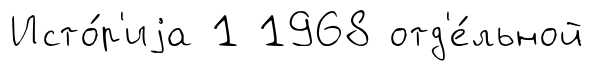
Исто́р'иjа 1 1968 отд'е́льной